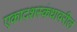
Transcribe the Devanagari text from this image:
एकादशस्कंधावरील